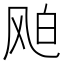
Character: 𩙦